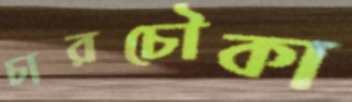
চারচৌকা